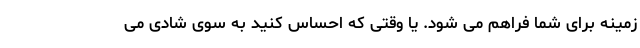
زمینه برای شما فراهم می شود. یا وقتی که احساس کنید به سوی شادی می